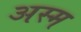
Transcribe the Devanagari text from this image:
अस्म